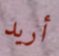
أريد